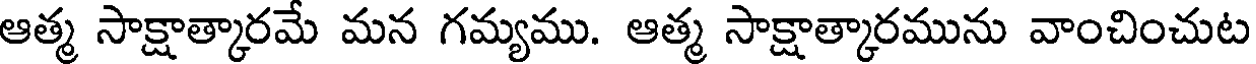
ఆత్మ సాక్షాత్కారమే మన గమ్యము. ఆత్మ సాక్షాత్కారమును వాంచించుట